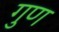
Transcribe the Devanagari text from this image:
गुण